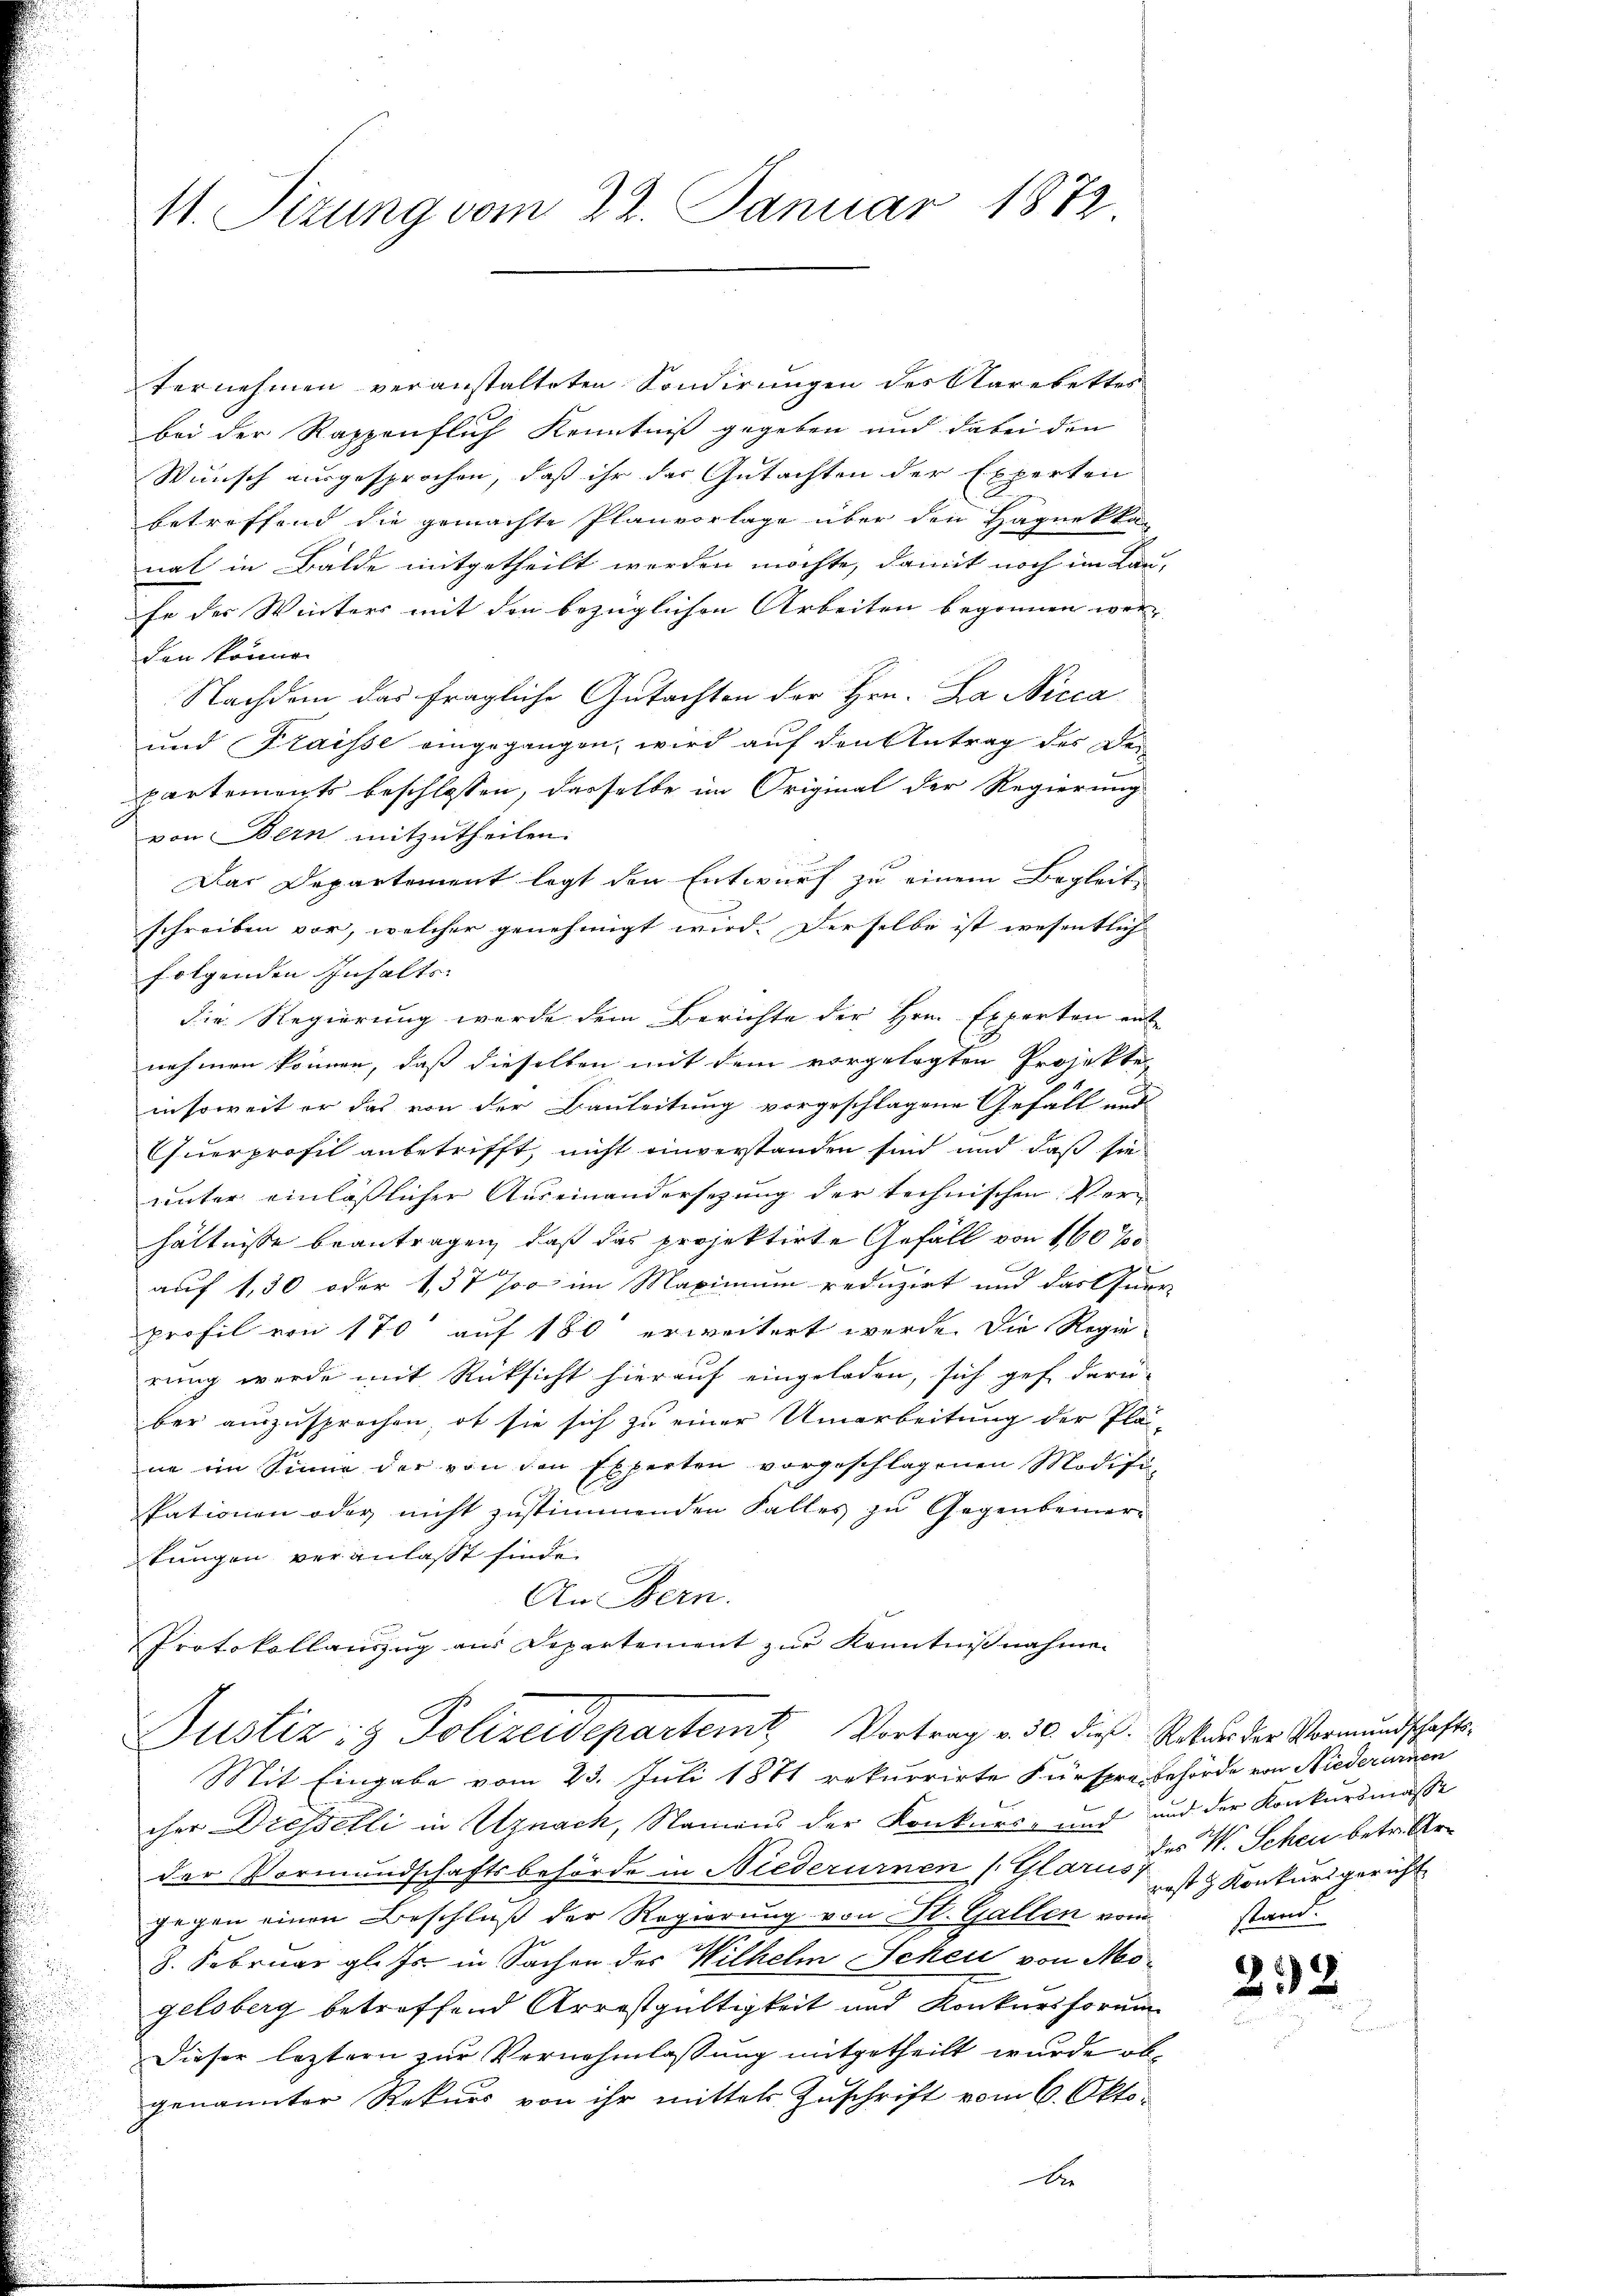
11. Sizung vom 22. Januar 1872.

ternehmen veranstalteten Sondirungen des Aarekettes
bei der Rappenflich Kenntniß gegeben und dabei den
Wunsch ausgesprochen, daß ihr der Gutachten der Experten
betreffend die gemachte Planvorlage über den Hagnekka-
nat in Bälde mitgetheilt worden möchte, damit noch im Kan-
Er der Winters mit den bezüglichen Arbeiten begonnen werden können
Nachdem das fragliche Gutachten der Hrn. Da Nicca
und Fraisse eingegangen, wird auf den Antrag des Departements beschlossen, dasselbe im Original der Regierung
von Bern mitzutheilen.
Das Departement legt den Entwurf zu einem Begleit
schreiben vor, welcher genehmigt wird. Derselbe ist wesentlich
folgenden Inhalts-
die Regierung werde dem Berichte der Hrn. Experten ent
nehmen können, daß dieselben mit dem vorgelegten Projekte
insoweit er das von der Bauleitung vorgeschlagene Gefäll und
Querprofil anbetrifft, nicht unverstanden sind und daß sie
unter einläßlicher Auseinandersezung der technischen Verhältnisse beantragen, daß das projektirte Gefäll von 160 %

auf 1,30 oder 437 Js im Maximum reduzirt und das füge
profil von 170 auf 180 erweitert werde. Die Regie-
rung werde mit Rücksicht hierauf eingeladen, sich geh darü-
ber auszusprechen, ob sie sich zu einer Umarbeitung der Pläne im Sinne der von den Experten vorgeschlagenen Modifipationen oder nicht zustimmenden Falles zu Gegenbeinerkungen veranlaßt finde.
An Bern.
Protokollauszug aus Departement zur Kenntnißnahme.
Justiz- & Polizeidepartemt Vortrag v. 30 dieß. Rector der Vormundschafts¬
Mit Eingabe vom 23. Juli 1871 rekurrirte Fürspre behörde von Niederurnen
cher Dresselli in Uznack, Namens der Konkurs- und und der Konkursmasse
der Vormundschaftsbehörde in Niederurnen s. Glare des N. Schen betr. Argegen einen Beschluß der Regierung von St. Gallen vom stand.
8. Februar gl. Js. in Sachen des Wilhelm Scheu von Mogelsberg betreffend Arrestgültigkeit und Konkursformen
Dieser leztern zur Vernehmlassung mitgetheilt wurde obgenannter Rekurs von ihr mittels Zuschrift vom 6. Okto-

2

rost z. Konkursgericht

252.